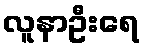
လူနာဦးရေ